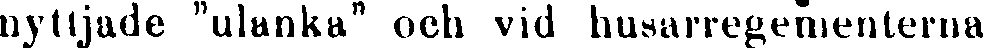
nyttjade "ulanka" och vid husarregementerna